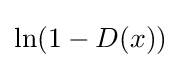
\ln(1-D(x))